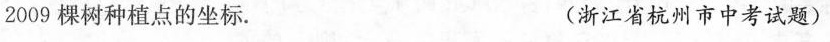
2009棵树种植点的坐标。 (浙江省杭州市中考试题)